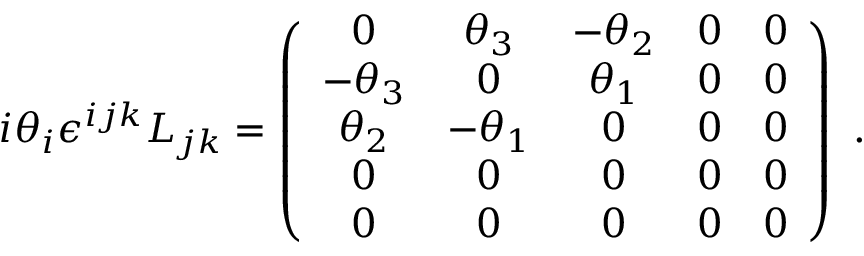
i \theta _ { i } \epsilon ^ { i j k } L _ { j k } = \left( { \begin{array} { c c c c c } { 0 } & { \theta _ { 3 } } & { - \theta _ { 2 } } & { 0 } & { 0 } \\ { - \theta _ { 3 } } & { 0 } & { \theta _ { 1 } } & { 0 } & { 0 } \\ { \theta _ { 2 } } & { - \theta _ { 1 } } & { 0 } & { 0 } & { 0 } \\ { 0 } & { 0 } & { 0 } & { 0 } & { 0 } \\ { 0 } & { 0 } & { 0 } & { 0 } & { 0 } \end{array} } \right) ~ .